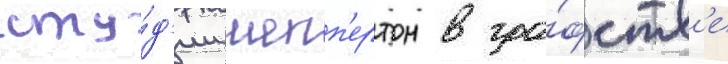
сту́д'ии шепп'ертон в гра́фств'е